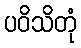
ပဝိသိတုံ